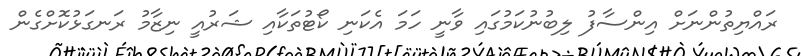
ރައްޔިތުންނަށް އިންސާފު ލިބުނުކަމުގައި ވާނީ ހަމަ އެކަނި ކޯޓުތަކާއި ޝަރުއީ ނިޒާމު ރަނގަޅުކޮށްގެން